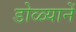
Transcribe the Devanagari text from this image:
डोळ्यानें